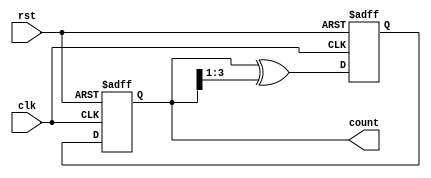
module gray_counter (
    input wire clk, // Clock input
    input wire rst, // Reset input
    output reg [n-1:0] count // Gray code count output
);

parameter n = 4; // Number of bits in the counter
reg [n-1:0] next_count;

always @(posedge clk or posedge rst) begin
    if (rst) begin
        next_count <= 0;
    end else begin
        next_count <= count ^ (count >> 1);
    end
end

always @(posedge clk or posedge rst) begin
    if (rst) begin
        count <= 0;
    end else begin
        count <= next_count;
    end
end

endmodule